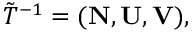
{ \tilde { T } } ^ { - 1 } = ( { \bf N } , { \bf U } , { \bf V } ) ,